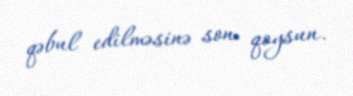
qəbul edilməsinə son qoysun.